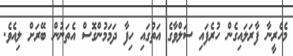
މެހެރީނާ ފާރަލައިގެން ހުރެފައި ސަލްވާގެ އަތުގައި ހިފާ ދަމަމުންގޮސް އެތަނުން ބޭރަށް ލިއެވެ.